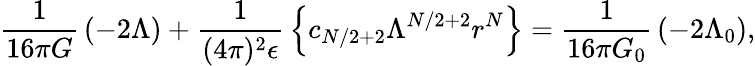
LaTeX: {\frac{1}{16\pi G}}\left(-2\Lambda\right)+{\frac{1}{(4\pi)^{2}\epsilon}}\left\{ c_{N/2+2}\Lambda^{N/2+2}r^{N}\right\} ={\frac{1}{16\pi G_{0}}}\left(-2\Lambda_{0}\right),